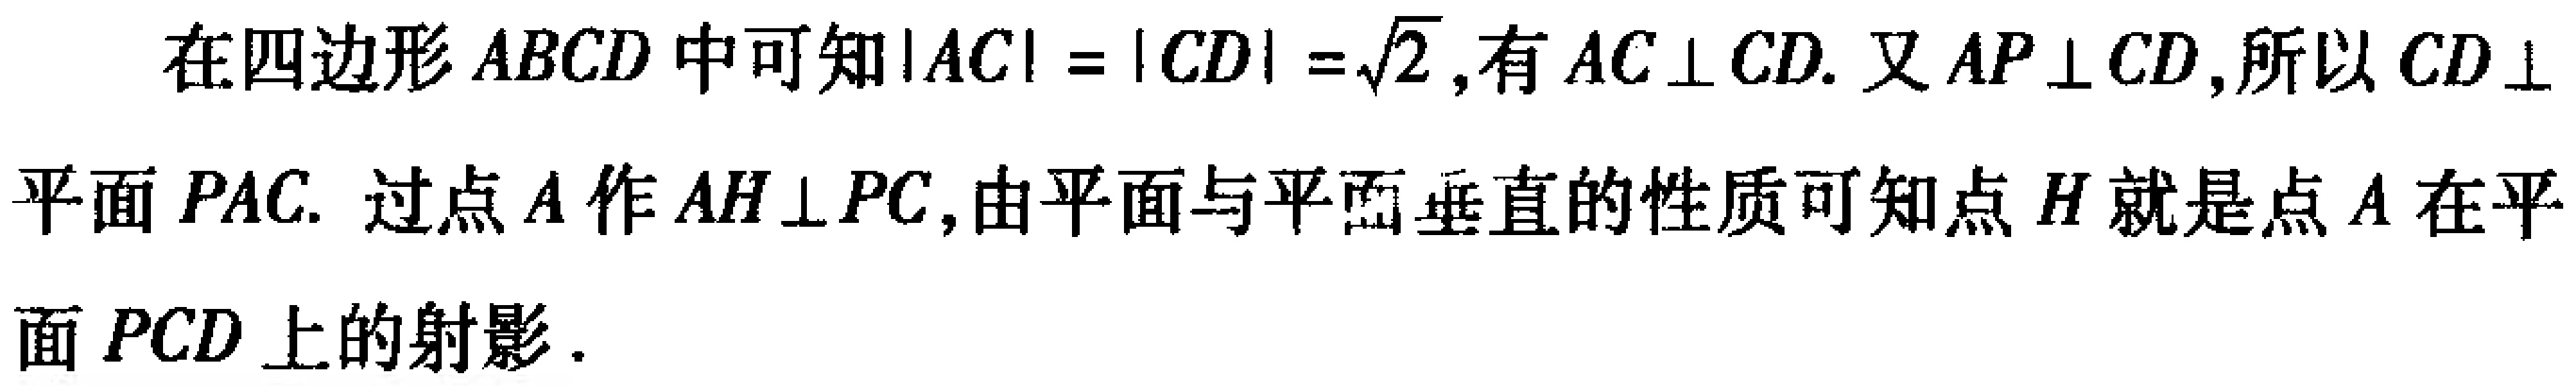
在四边形 \(ABCD\) 中可知\(\vert AC\vert = \vert CD\vert =\sqrt{2}\),有 \(AC\perp CD\). 又 \(AP\perp CD\),所以 \(CD\perp\)平面 \(PAC\). 过点 \(A\) 作 \(AH\perp PC\),由平面与平面垂直的性质可知点 \(H\) 就是点 \(A\) 在平面 \(PCD\) 上的射影.